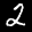
Label: 2